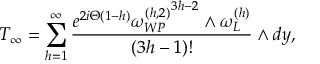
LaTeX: { \cal T } _ { \infty } = \sum _ { h = 1 } ^ { \infty } { \frac { e ^ { 2 i \Theta ( 1 - h ) } { \omega _ { W P } ^ { ( h , 2 ) } } ^ { 3 h - 2 } \wedge \omega _ { L } ^ { ( h ) } } { ( 3 h - 1 ) ! } } \wedge d y ,